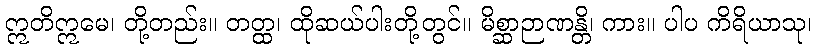
ဣတိဣမေ၊ တို့တည်း။ တတ္ထ၊ ထိုဆယ်ပါးတို့တွင်။ မိစ္ဆာဉာဏန္တိ၊ ကား။ ပါပ ကိရိယာသု၊